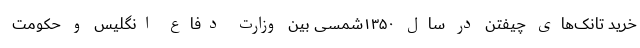
خرید تانک‌های چیفتن در سال ۱۳۵۰شمسی بین وزارت دفاع انگلیس و حکومت